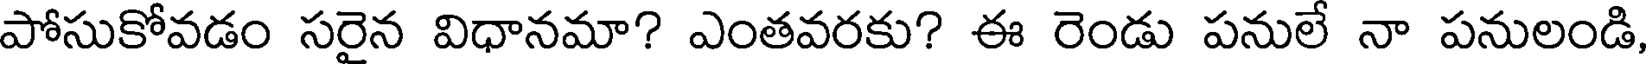
పోసుకోవడం సరైన విధానమా? ఎంతవరకు? ఈ రెండు పనులే నా పనులండి,